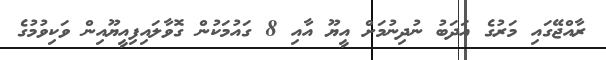
ރާއްޖޭގައި މަރުގެ އަދަބު ނުދިނުމަށް އީޔޫ އާއި 8 ގައުމަކުން ގޮވާލައިފިއީޔޫއިން ވަކިވުމުގެ